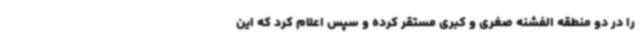
را در دو منطقه الفشنه صغری و کبری مستقر کرده و سپس اعلام کرد که این